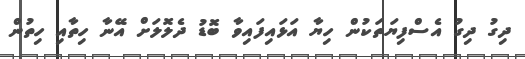
ދިގު ދިގު އެސްފިޔަތަކުން ހިޔާ އަޅައިފައިވާ ބޮޑު ދެލޮލަށް އޭނާ ހިތާއި ހިތުން